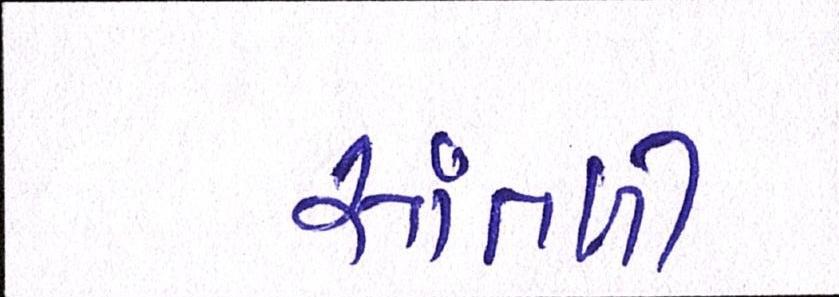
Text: સાંતળી